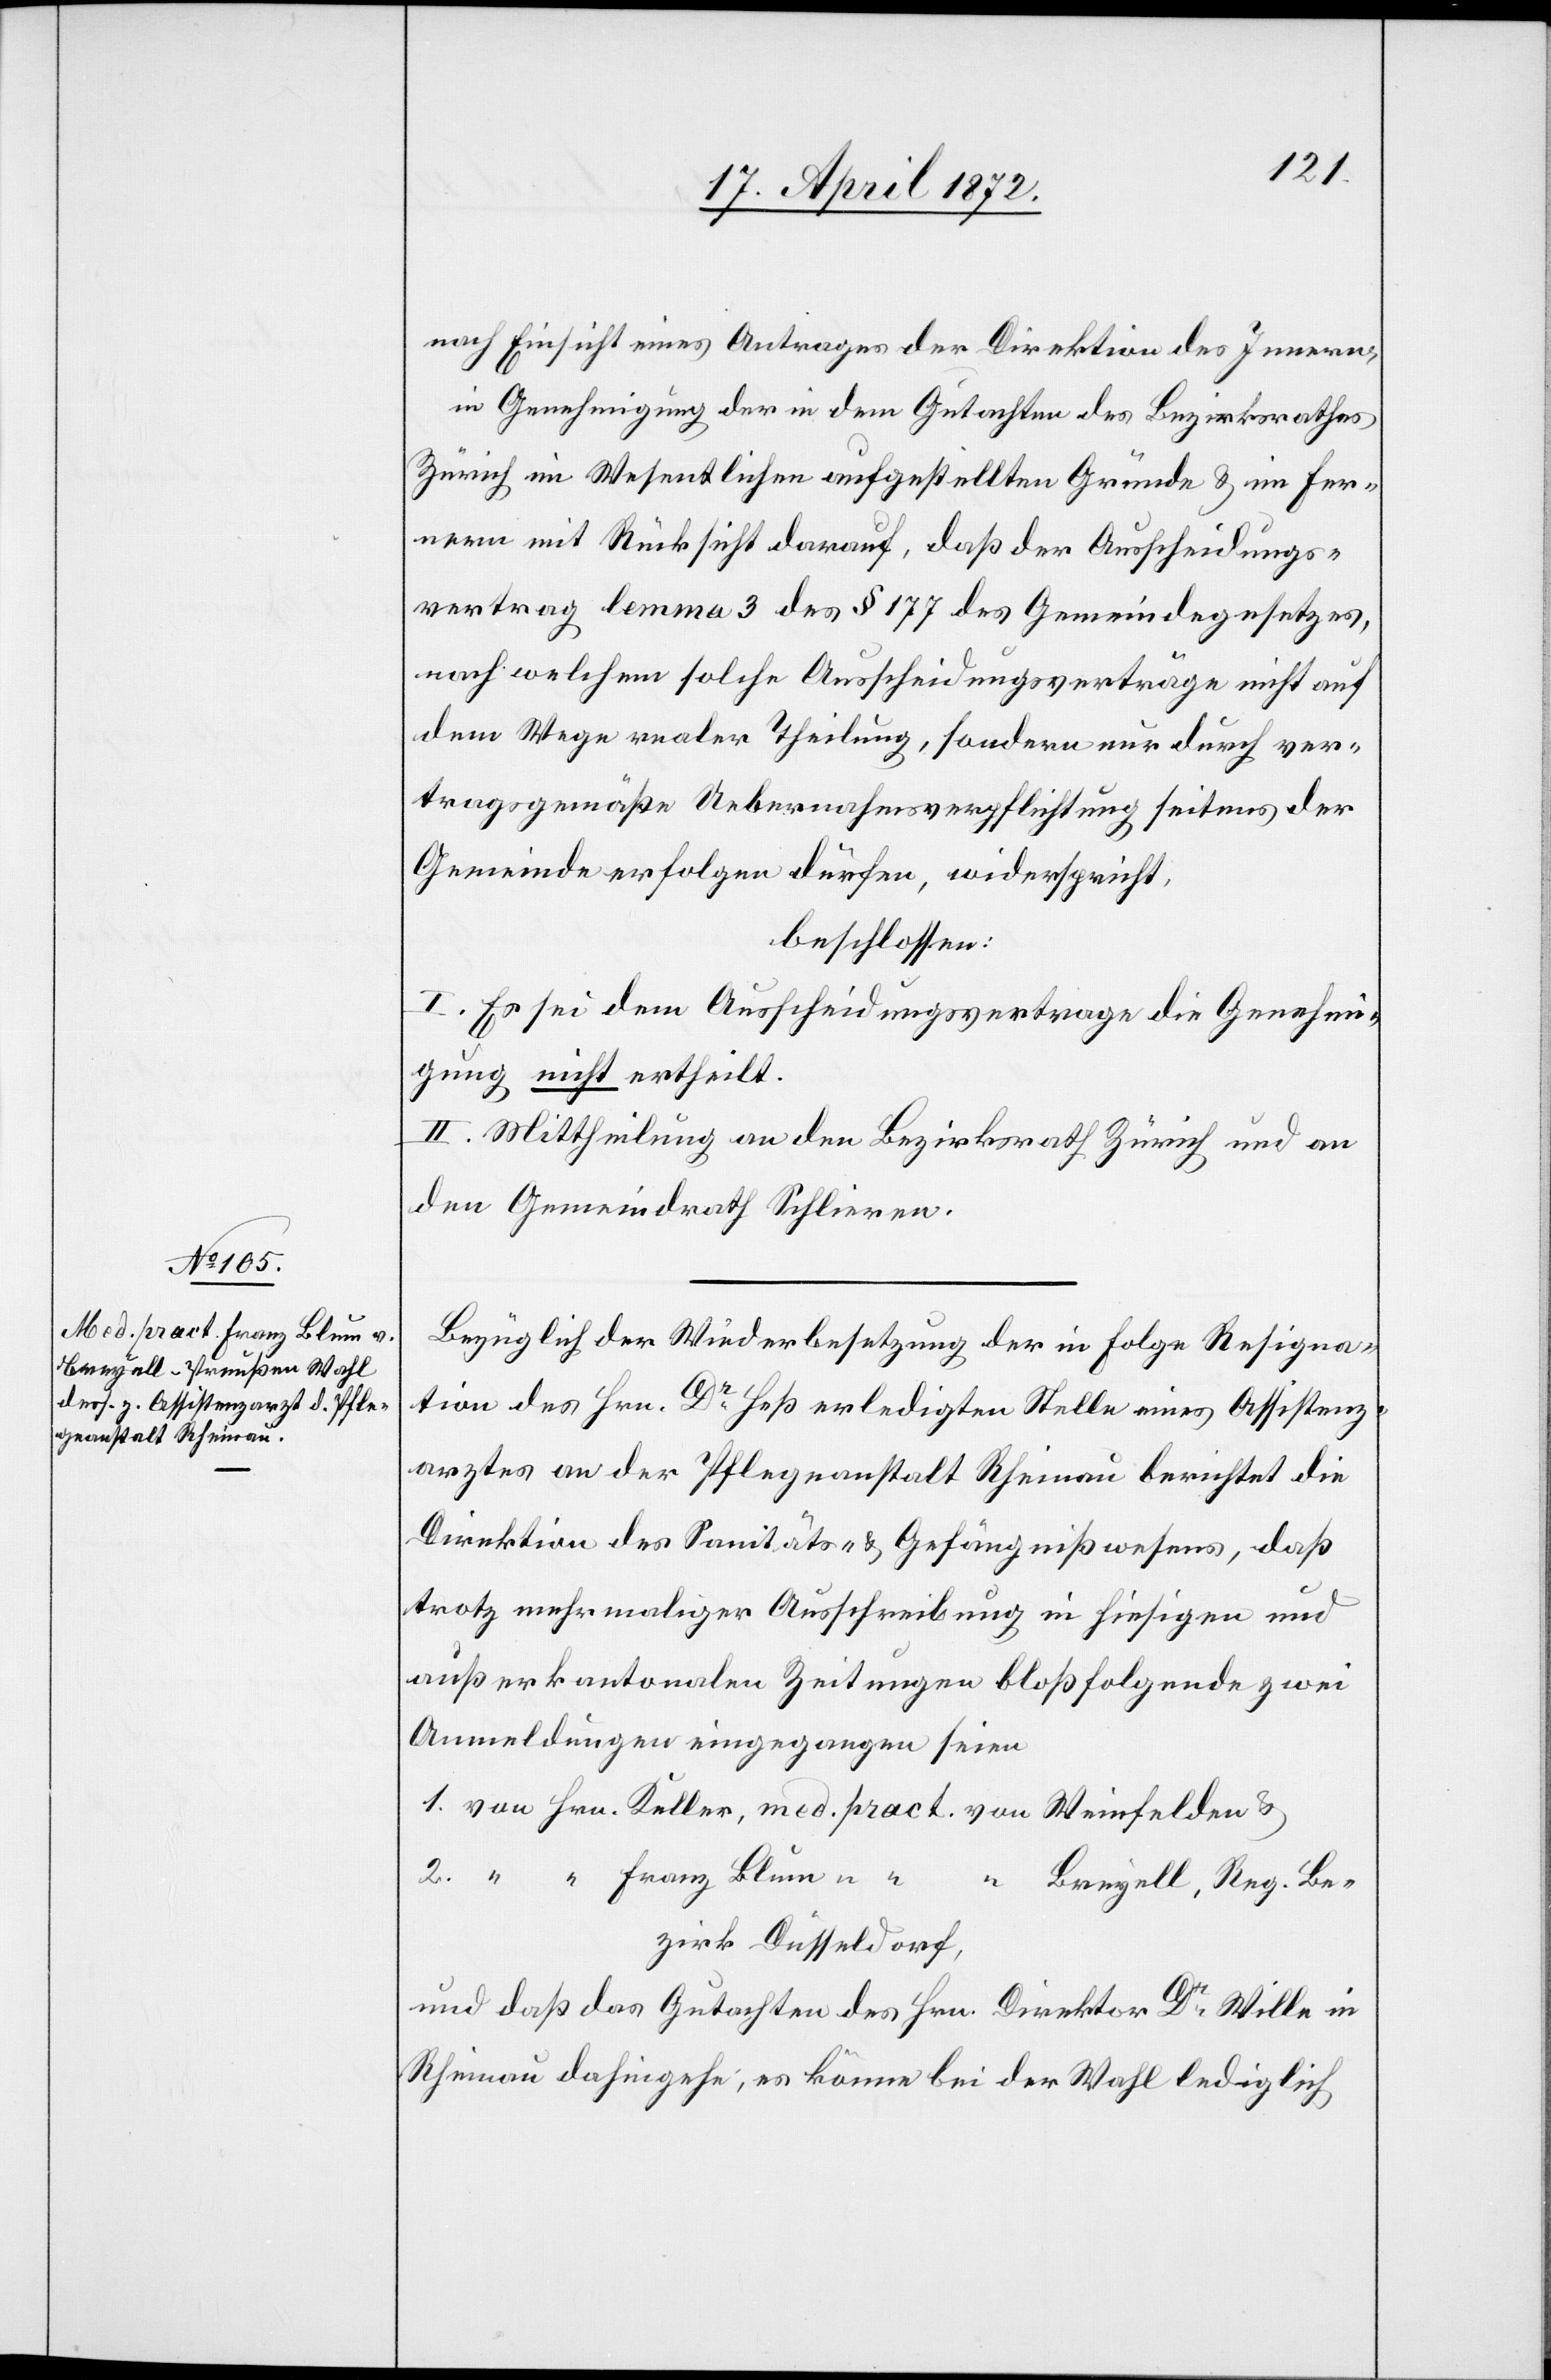
1.
nach Einsicht eines Antrages der Direktion des Innern,
in Genehmigung der in dem Gutachten des Bezirksrathes
Zürich im Wesentlichen aufgestellten Gründe u. im Fer¬
nern mit Rücksicht darauf, daß der Ausscheidungs¬
vertrag lemma 3 des § 177 des Gemeindegesetzes,
nach welchem solche Ausscheidungsverträge nicht auf
dem Wege realer Theilung, sondern nur durch ver¬
tragsgemäße Uebernahmsverpflichtung seitens der
Gemeinde erfolgen dürfen, widerspricht,
beschlossen:
I. Es sei dem Ausscheidungsvertrage die Genehmi¬
gung nicht ertheilt.
II. Mittheilung an den Bezirksrath Zürich und an
den Gemeindrath Schlieren.
Bezüglich der Wiederbesetzung der in Folge Resigna¬
tion des Hrn. Dr Heß erledigten Stelle eines Assistenz¬
arztes an der Pflegeanstalt Rheinau berichtet die
Direktion des Sanitäts- u. Gefängnißwesens, daß
trotz mehrmaliger Ausschreibung in hiesigen und
außerkantonalen Zeitungen bloß folgende zwei
Anmeldungen eingegangen seien
Breyell, Reg. Be¬
zirk Düsseldorf,
und daß das Gutachten des Hrn. Direktor Dr Wille in
Rheinau dahingehe, es könne bei der Wahl lediglich